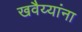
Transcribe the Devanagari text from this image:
खवैय्यांना